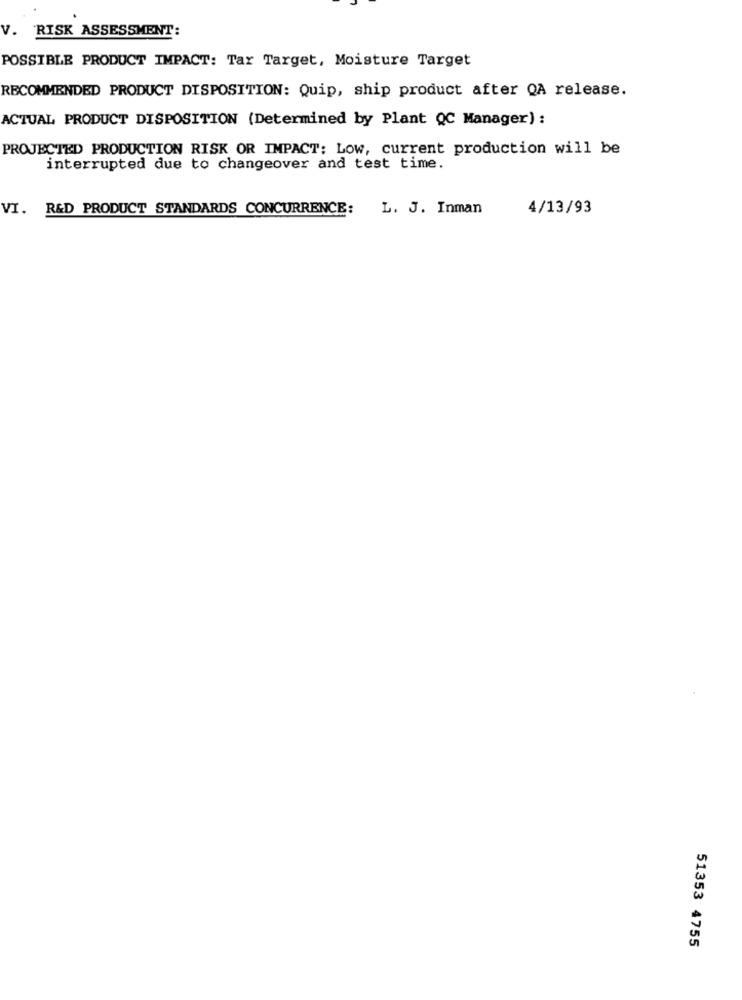
V. RISK ASSESSMENT:
POSSIBLE PRODUCT IMPACT: Tar Target, Moisture Target
RECOMMENDED PRODUCT DISPOSITION: Quip, ship product after QA release.
ACTUAL PRODUCT DISPOSITION (Determined by Plant QC Manager) :
PROJECTED PRODUCTION RISK OR IMPACT: Low, current production will be
interrupted due to changeover and test time.
VI. R&D PRODUCT STANDARDS CONCURRENCE:
L. J. Inman
4/13/93
51353 4755